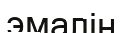
эмалін